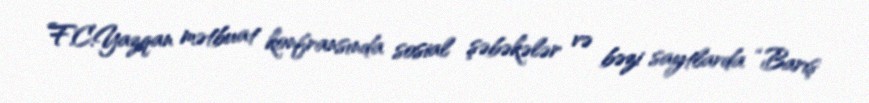
F.C.Yazqan mətbuat konfransında sosial şəbəkələr və bəzi saytlarda “Barış